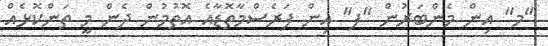
"މ" އިން މެންބަރުން "ފ" އިން ފަރެސްމާތޮޑާއެ އޮތުމުން ދެން މީ ތަންކޮޅެއް